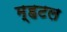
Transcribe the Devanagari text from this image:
म्हटल